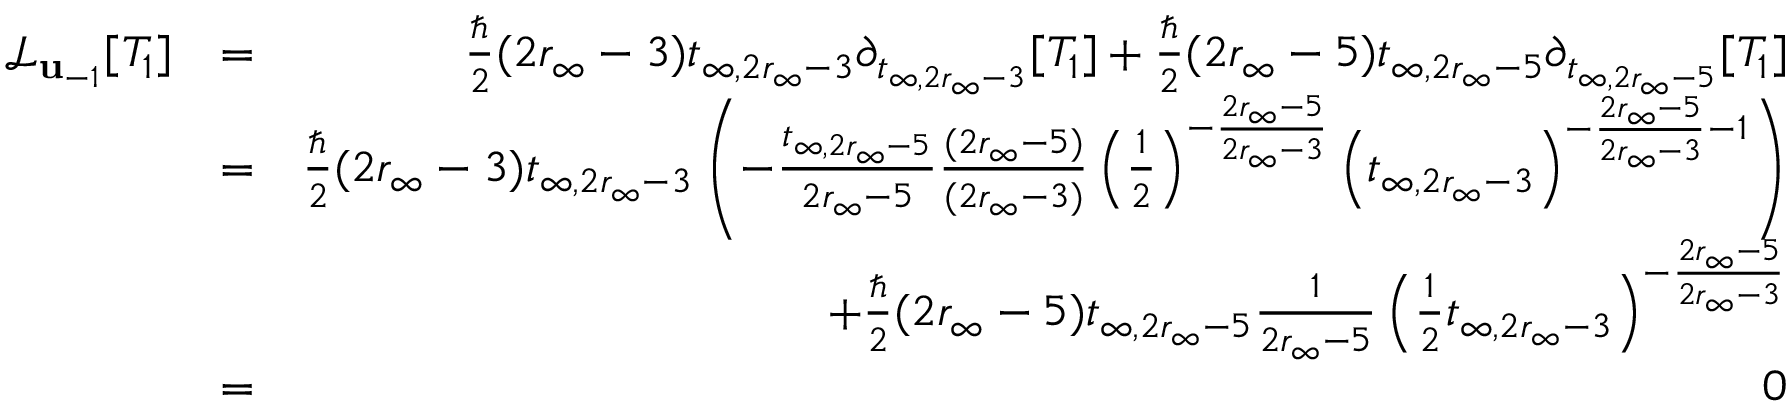
\begin{array} { r l r } { \mathcal { L } _ { \mathbf { u } _ { - 1 } } [ T _ { 1 } ] } & { = } & { \frac { \hbar } { 2 } ( 2 r _ { \infty } - 3 ) t _ { \infty , 2 r _ { \infty } - 3 } \partial _ { t _ { \infty , 2 r _ { \infty } - 3 } } [ T _ { 1 } ] + \frac { \hbar } { 2 } ( 2 r _ { \infty } - 5 ) t _ { \infty , 2 r _ { \infty } - 5 } \partial _ { t _ { \infty , 2 r _ { \infty } - 5 } } [ T _ { 1 } ] } \\ & { = } & { \frac { \hbar } { 2 } ( 2 r _ { \infty } - 3 ) t _ { \infty , 2 r _ { \infty } - 3 } \left( - \frac { t _ { \infty , 2 r _ { \infty } - 5 } } { 2 r _ { \infty } - 5 } \frac { ( 2 r _ { \infty } - 5 ) } { ( 2 r _ { \infty } - 3 ) } \left( \frac { 1 } { 2 } \right) ^ { - \frac { 2 r _ { \infty } - 5 } { 2 r _ { \infty } - 3 } } \left( t _ { \infty , 2 r _ { \infty } - 3 } \right) ^ { - \frac { 2 r _ { \infty } - 5 } { 2 r _ { \infty } - 3 } - 1 } \right) } \\ & { } & { + \frac { \hbar } { 2 } ( 2 r _ { \infty } - 5 ) t _ { \infty , 2 r _ { \infty } - 5 } \frac { 1 } { 2 r _ { \infty } - 5 } \left( \frac { 1 } { 2 } t _ { \infty , 2 r _ { \infty } - 3 } \right) ^ { - \frac { 2 r _ { \infty } - 5 } { 2 r _ { \infty } - 3 } } } \\ & { = } & { 0 } \end{array}